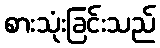
စားသုံးခြင်းသည်